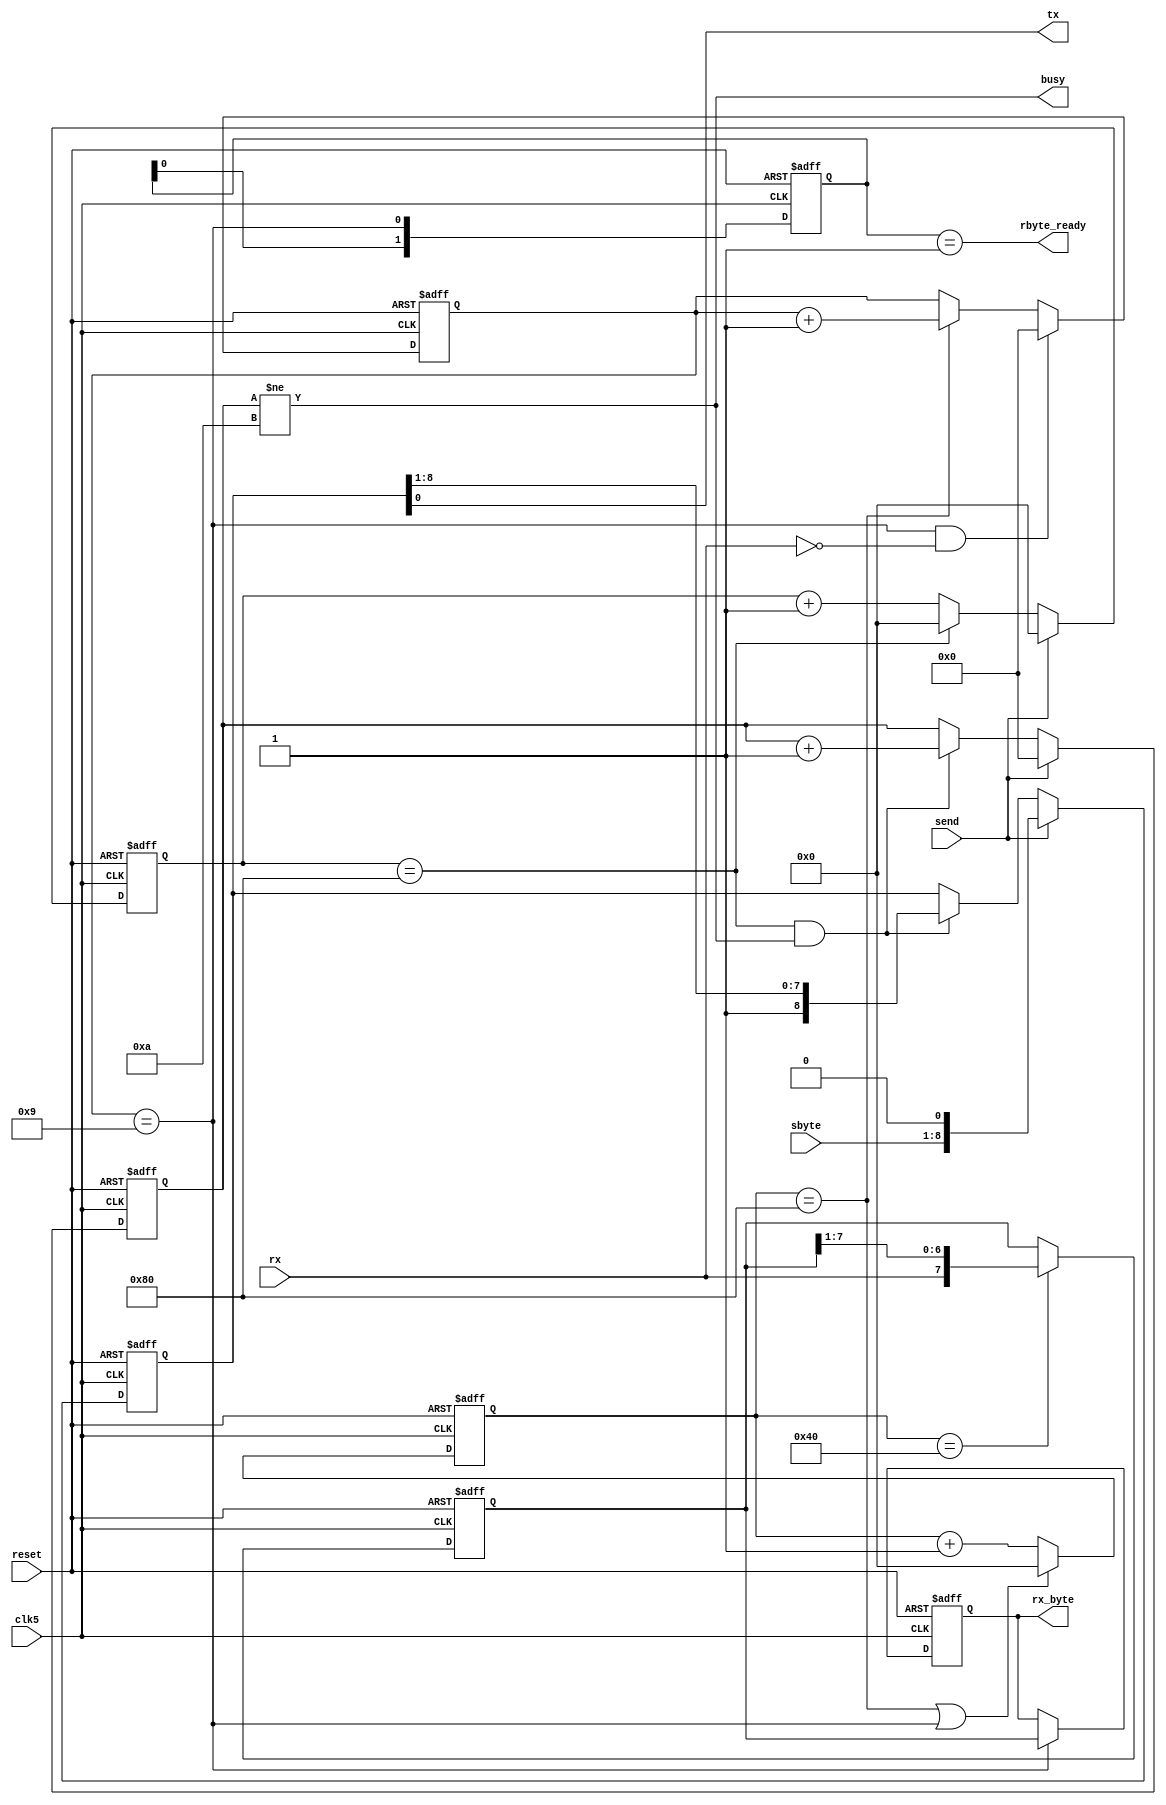
module sss_com_rxtx(
    input wire reset,
    input wire clk5,    //5mHz
    input wire rx,
    input wire [7:0]sbyte,
    input wire send,
    output reg [7:0]rx_byte,
    output reg rbyte_ready,
    output reg tx,
    output reg busy 
    );

//      
//   .   5Mhz    38400
// 5000000/38400 = 130 
parameter RCONST = 128;

reg [7:0]cnt;

//   
always @(posedge clk5 or posedge reset)
begin
    if(reset)
        cnt <= 0;
    else
    begin
        if(cnt == RCONST || num_bits==9)
            cnt <= 0;
        else
            cnt <= cnt + 1'b1;
    end
end

reg [3:0]num_bits; //  
reg [7:0]shift_reg; //  

//
always @(posedge clk5 or posedge reset)
begin
    if(reset)
    begin
        num_bits <= 0;
        shift_reg <= 0;
    end
    else
    begin
        //   RX   
        if(num_bits==9 && rx==1'b0)
            num_bits <= 0;
        else
        if(cnt == RCONST)
            num_bits <= num_bits + 1'b1;
        
        //   - 
        if(cnt == RCONST/2)
            shift_reg <= {rx,shift_reg[7:1]};
    end
end

//     
always @(posedge clk5 or posedge reset)
    if(reset)
    begin
        rx_byte <= 0;
    end
    else
    begin    
    if(num_bits==9)
        rx_byte <= shift_reg[7:0];
    end

reg [1:0]flag;
always @(posedge clk5 or posedge reset)
    if(reset)
        flag <= 2'b00;
    else
        flag <= {flag[0],(num_bits==9)};

//           
always @*
    rbyte_ready = (flag==2'b01);
      

//
reg [8:0]send_reg;
reg [3:0]send_num;
reg [7:0]send_cnt;

wire send_time; assign send_time = send_cnt == RCONST;

always @(posedge clk5 or posedge reset)
begin
    if(reset)
    begin
        send_reg <= 0;
        send_num <= 0;
        send_cnt <= 0;
    end
    else
    begin
        //    send
        if(send)
            send_cnt <= 0;
        else
            if(send_time)
                send_cnt <= 0;
            else
                send_cnt <= send_cnt + 1'b1;
        
        if(send)
        begin
            //        send
            send_reg <= {sbyte,1'b0};
            send_num <= 0;
        end
        else
        if(send_time && send_num!=10)
        begin
            //  
            send_reg <= {1'b1,send_reg[8:1]};
            send_num <= send_num + 1'b1;
        end
    end
end

always @*
begin
    busy = send_num!=10;
    tx = send_reg[0];
end
    
endmodule